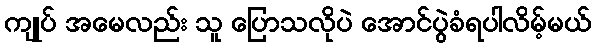
ကျုပ် အမေလည်း သူ ပြောသလိုပဲ အောင်ပွဲခံရပါလိမ့်မယ်